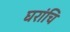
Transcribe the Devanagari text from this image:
घरांचि